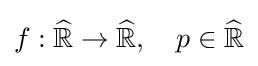
f:{\widehat {\mathbb {R} }}\to {\widehat {\mathbb {R} }},\quad p\in {\widehat {\mathbb {R} }}